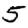
Digit: 5